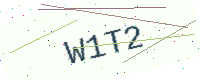
Text: W1T2